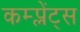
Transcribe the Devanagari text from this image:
कम्प्लेंट्स